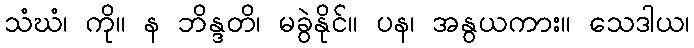
သံဃံ၊ ကို။ န ဘိန္ဒတိ၊ မခွဲနိုင်။ ပန၊ အနွယကား။ သေဒါယ၊